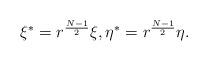
LaTeX: \begin{align*}\left.\begin{array}{ll}\xi^*=r^\frac{N-1}{2}\xi,\eta^*=r^\frac{N-1}{2}\eta.\end{array}\right.\end{align*}